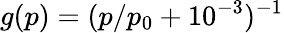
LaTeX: g(p)=(p/p_{0}+10^{-3})^{-1}